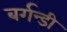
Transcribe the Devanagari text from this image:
बर्गन्डी